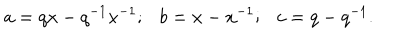
LaTeX: a = q x - q ^ { - 1 } x ^ { - 1 } ; \ \ \ b = x - x ^ { - 1 } ; \ \ \ c = q - q ^ { - 1 } .